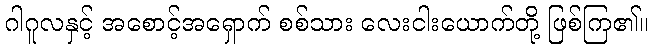
ဂါဂူလနှင့် အစောင့်အရှောက် စစ်သား လေးငါးယောက်တို့ ဖြစ်ကြ၏။